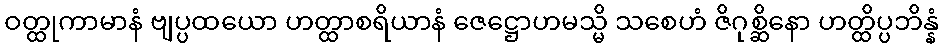
ဝတ္ထုကာမာနံ ဗျပ္ပထယော ဟတ္ထာစရိယာနံ ဇေဋ္ဌောဟမသ္မိ သစေဟံ ဇိဂုစ္ဆိနော ဟတ္ထိပ္ပဘိန္နံ